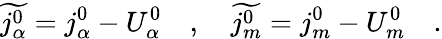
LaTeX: \widetilde{j_{\alpha}^{0}}=j_{\alpha}^{0}-U_{\alpha}^{0}\quad,\quad\widetilde{j_{m}^{0}}=j_{m}^{0}-U_{m}^{0}\quad.